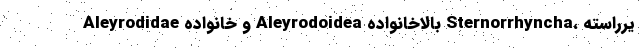
یرراسته ،Sternorrhyncha بالاخانواده Aleyrodoidea و خانواده Aleyrodidae